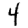
Digit: 4